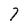
Character: 7